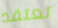
تعتقد